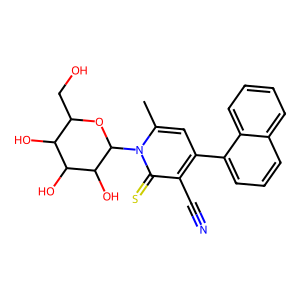
SMILES: Cc1cc(-c2cccc3ccccc23)c(C#N)c(=S)n1C1OC(CO)C(O)C(O)C1O
Inhibits HIV replication: No